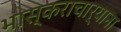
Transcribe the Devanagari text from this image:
भास्कराचार्याना